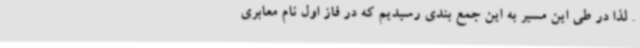
. لذا در طی این مسیر به این جمع بندی رسیدیم که در فاز اول نام معابری